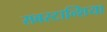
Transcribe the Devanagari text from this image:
सबस्टान्शिया